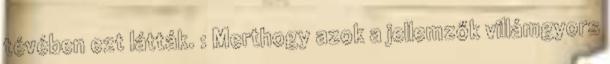
tévében ezt látták. : Merthogy azok a jellemzők villámgyors